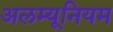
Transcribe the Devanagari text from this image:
अलम्यूनियम